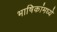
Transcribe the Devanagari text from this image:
भाषिकांमध्ये